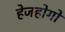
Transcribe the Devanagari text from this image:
हेजहोगों